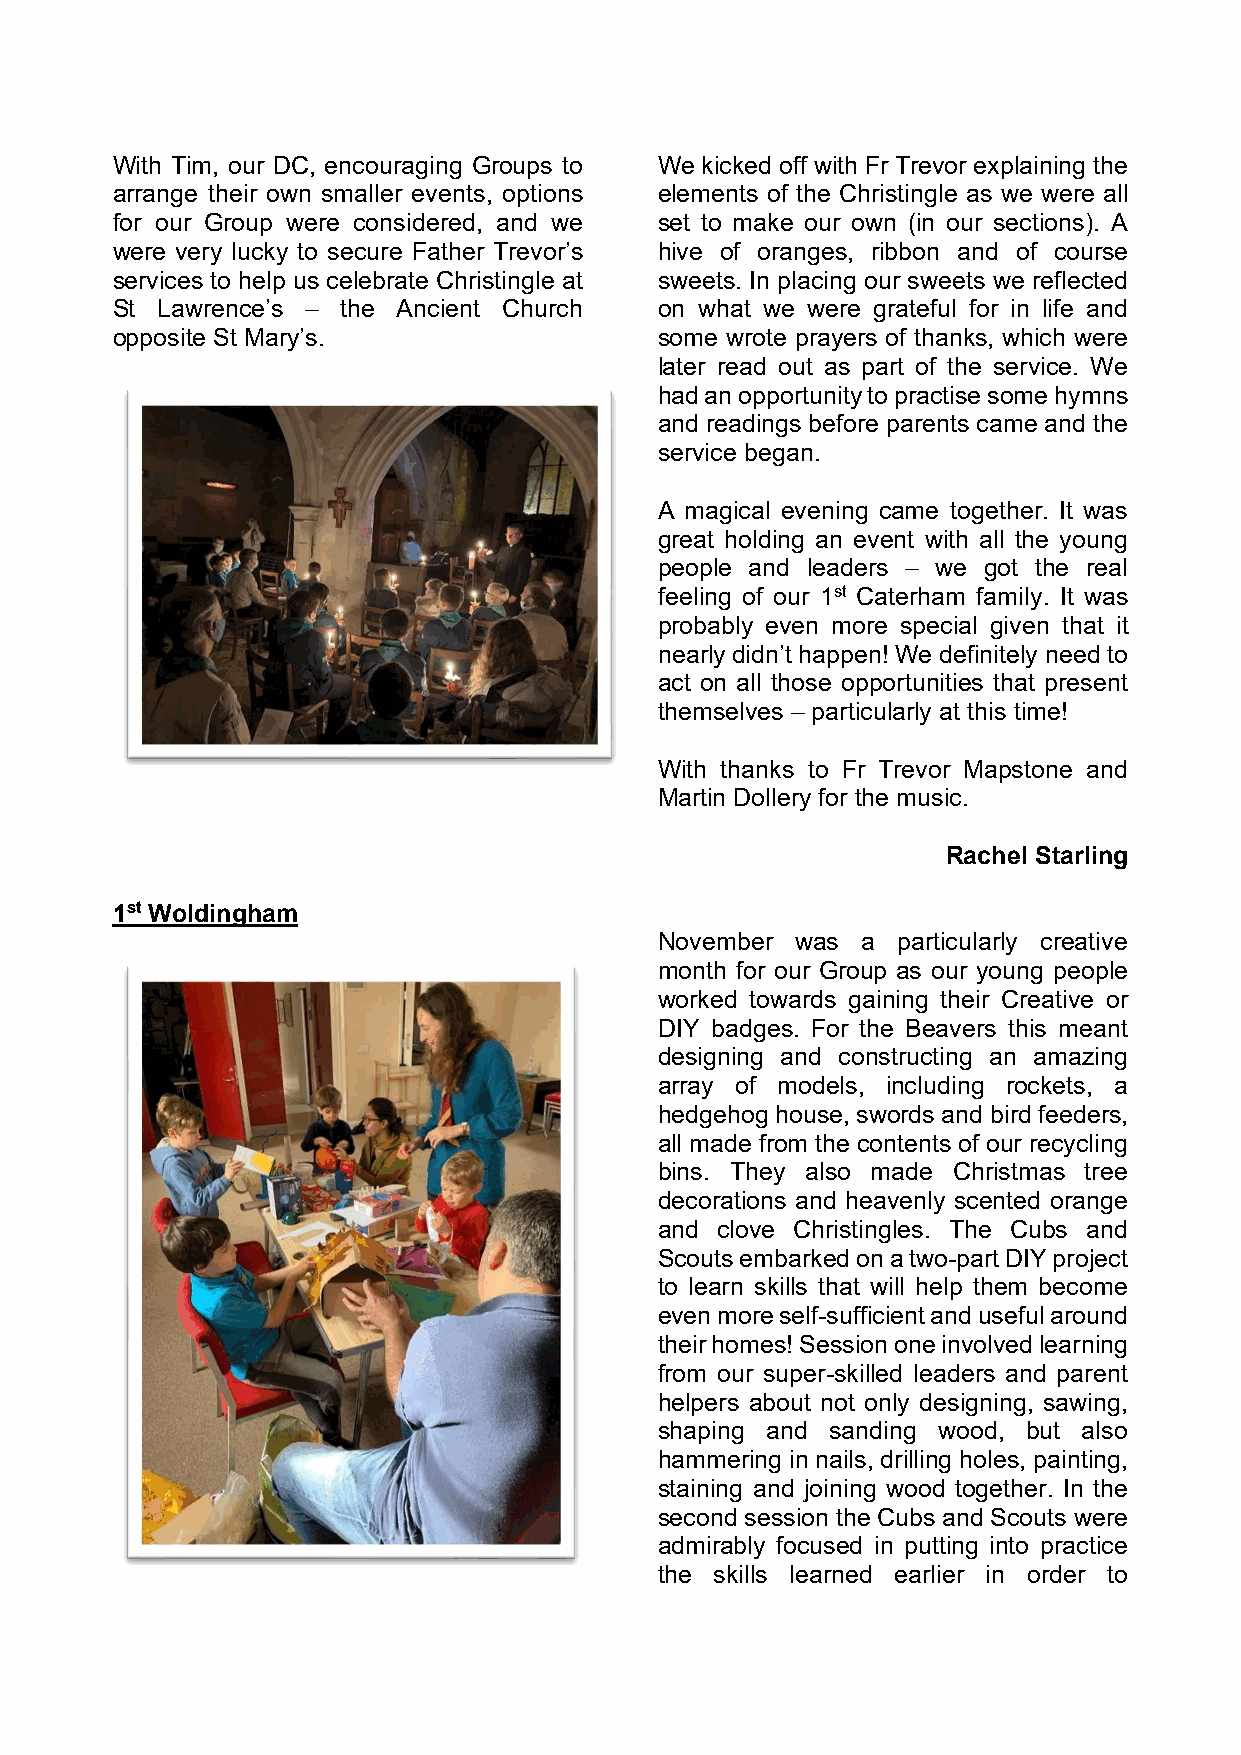
With Tim, our DC, encouraging Groups to We kicked off with Fr Trevor explaining the
 arrange their own smaller events, options elements of the Christingle as we were all
 for our Group were considered, and we set to make our own (in our sections). A
 were very lucky to secure Father Trevor’s hive of oranges, ribbon and of course
 services to help us celebrate Christingle at sweets. In placing our sweets we reflected
 St Lawrence’s – the Ancient Church   on what we were grateful for in life and
 opposite St Mary’s.                  some wrote prayers of thanks, which were
 later read out as part of the service. We
 had an opportunity to practise some hymns
 and readings before parents came and the
 service began.
 A magical evening came together. It was
 great holding an event with all the young
 people and leaders – we got the real
 feeling of our 1st Caterham family. It was
 probably even more special given that it
 nearly didn’t happen! We definitely need to
 act on all those opportunities that present
 themselves – particularly at this time!
 With thanks to Fr Trevor Mapstone and
 Martin Dollery for the music.
 Rachel Starling
 1st Woldingham
 November was a particularly creative
 month for our Group as our young people
 worked towards gaining their Creative or
 DIY badges. For the Beavers this meant
 designing and constructing an amazing
 array of models, including rockets, a
 hedgehog house, swords and bird feeders,
 all made from the contents of our recycling
 bins. They also made Christmas tree
 decorations and heavenly scented orange
 and clove Christingles. The Cubs and
 Scouts embarked on a two-part DIY project
 to learn skills that will help them become
 even more self-sufficient and useful around
 their homes! Session one involved learning
 from our super-skilled leaders and parent
 helpers about not only designing, sawing,
 shaping and sanding wood, but also
 hammering in nails, drilling holes, painting,
 staining and joining wood together. In the
 second session the Cubs and Scouts were
 admirably focused in putting into practice
 the skills learned earlier in order to